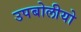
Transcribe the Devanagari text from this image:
उपबोलीयो